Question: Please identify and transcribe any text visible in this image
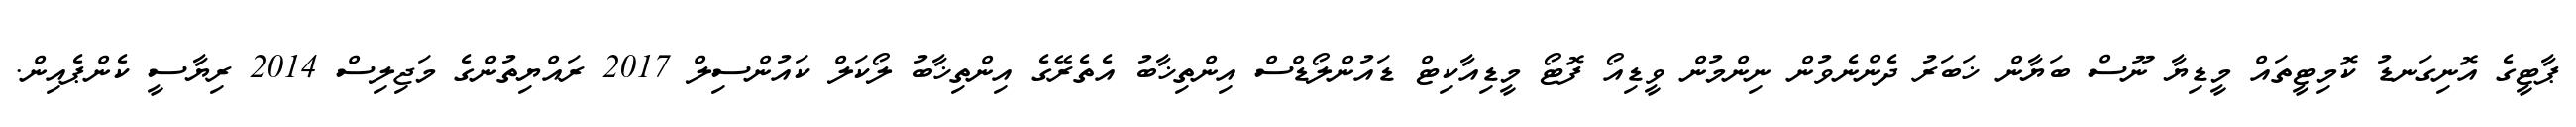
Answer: ޕާޓީގެ އޮނިގަނޑު ކޮމިޓީތައް މީޑިޔާ ނޫސް ބަޔާން ޚަބަރު ދެންނެވުން ނިންމުން ވީޑިއޯ ފޮޓޯ މީޑިއާކިޓް ޑައުންލޯޑްސް އިންތިޚާބު އެތެރޭގެ އިންތިޚާބު ލޯކަލް ކައުންސިލް 2017 ރައްޔިތުންގެ މަޖިލިސް 2014 ރިޔާސީ ކެންޕެއިން.